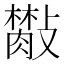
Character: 𣀙